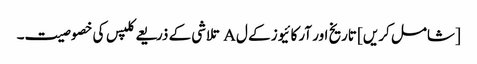
[شامل کریں] تاریخ اور آرکائیوز کے ل A تلاشی کے ذریعے کلپس کی خصوصیت۔